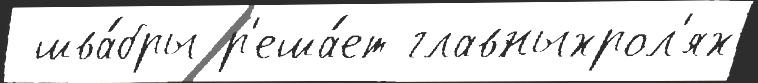
 шва́бры р'еша́ет главныхрол'ях